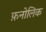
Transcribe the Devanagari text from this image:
फ़नोलिक